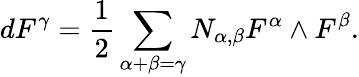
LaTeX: dF^{\gamma}=\frac{1}{2}\sum_{\alpha+\beta=\gamma}N_{\alpha,\beta}F^{\alpha}\wedge F^{\beta}.